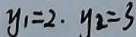
y _ { 1 } = 2 , y _ { 2 } = 3